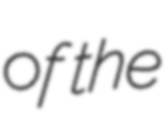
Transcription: of the